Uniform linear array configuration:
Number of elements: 64
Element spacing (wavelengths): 0.5
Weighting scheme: binomial
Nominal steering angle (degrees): -15
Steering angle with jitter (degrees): -13.786
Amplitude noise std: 0.05
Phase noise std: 0.05

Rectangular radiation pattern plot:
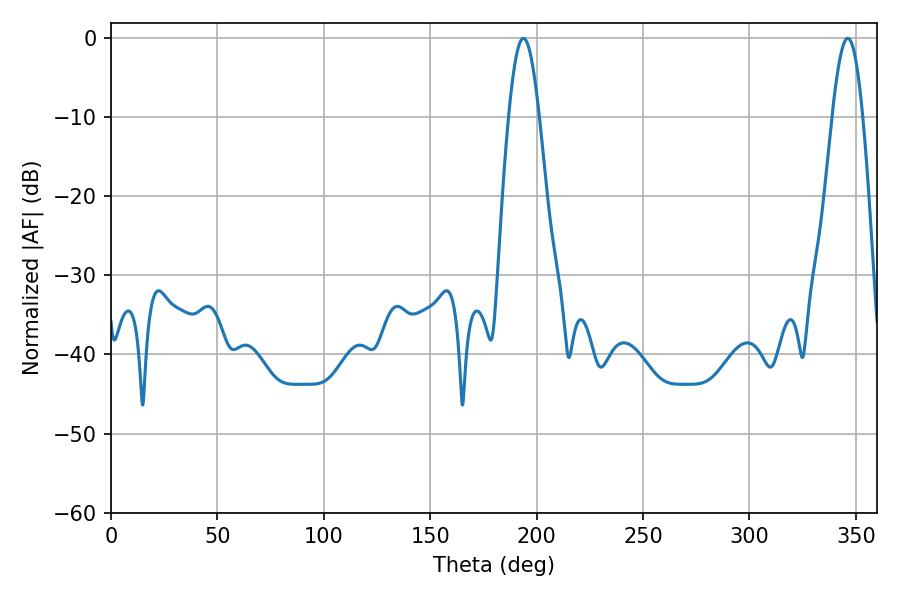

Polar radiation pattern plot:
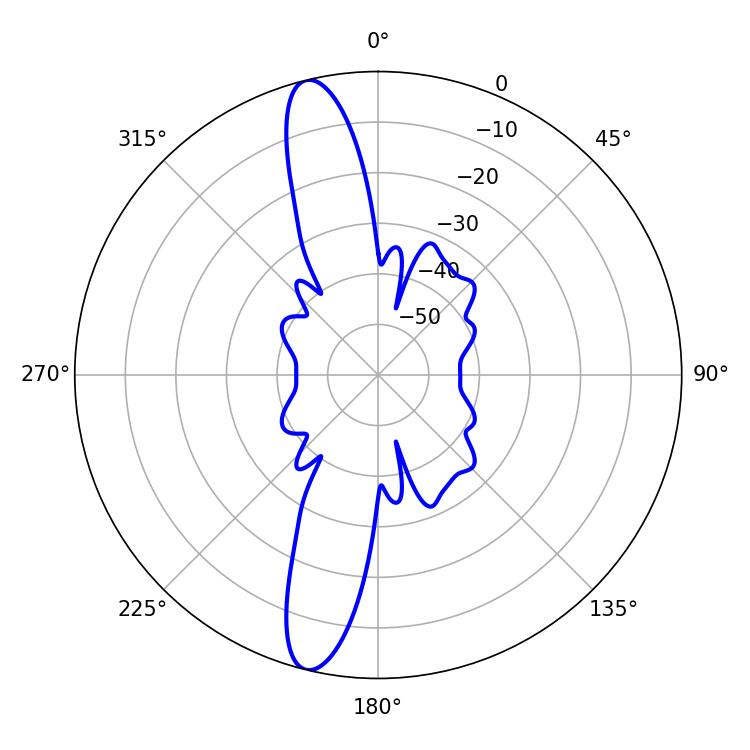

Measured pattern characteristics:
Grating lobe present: FALSE
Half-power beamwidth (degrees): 7.56
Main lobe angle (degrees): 193.86